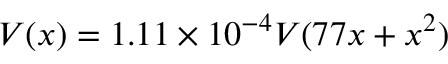
V ( x ) = 1 . 1 1 \times 1 0 ^ { - 4 } V ( 7 7 x + x ^ { 2 } )